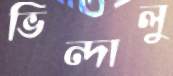
ভিন্দালু